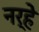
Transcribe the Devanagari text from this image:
नर्‍हे